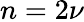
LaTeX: n=2\nu